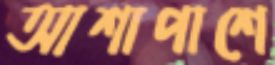
আশাপাশে